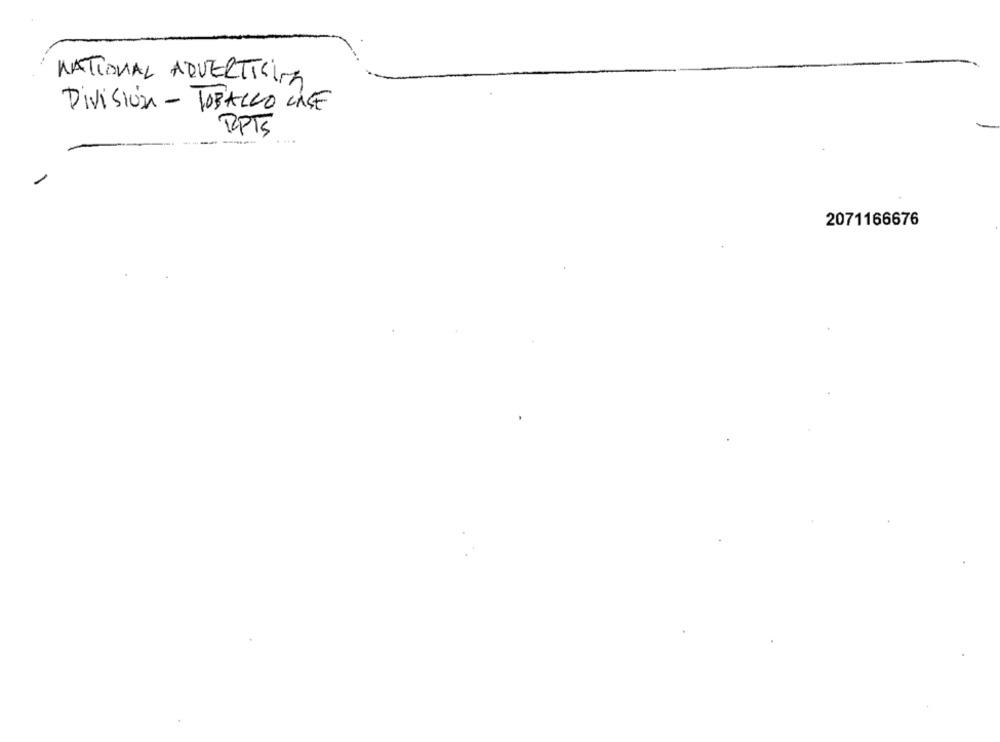
NATIONAL ADVERTICINA
DiVisiÓN - TOBACCO CASE
RPTS
2071166676